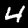
Digit: 4